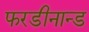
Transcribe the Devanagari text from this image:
फरडीनान्ड